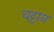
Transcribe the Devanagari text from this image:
चट्ट़ान